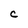
Character: C